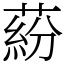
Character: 蒶